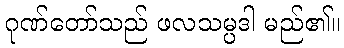
ဂုဏ်တော်သည် ဖလသမ္ပဒါ မည်၏။